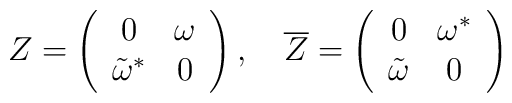
Z=\left( \begin{array}{cc}0 & \omega\\ {\tilde\omega}^* & 0\end{array}\right) ,\quad {\overline Z} =\left( \begin{array}{cc}0 & {\omega}^*\\ {\tilde \omega} & 0\end{array}\right)